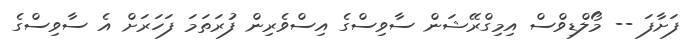
ފަށާފަ -- މޯލްޑިވްސް އިމިގްރޭޝަން ސާވިސްގެ އިސްވެރިން ފުރަތަމަ ފަހަރަށް އެ ސާވިސްގެ